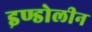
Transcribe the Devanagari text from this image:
इण्डोलीन